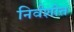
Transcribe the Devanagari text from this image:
निर्वशीत